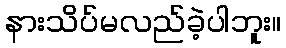
နားသိပ်မလည်ခဲ့ပါဘူး။